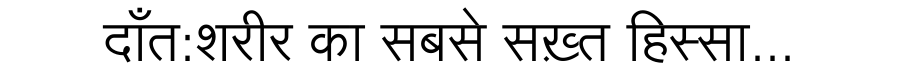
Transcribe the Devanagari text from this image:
दाँत:शरीर का सबसे सख़्त हिस्सा...